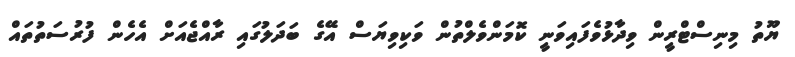
ޔޫތު މިނިސްޓްރީން ވިދާޅުވެފައިވަނީ ކޮމަންވެލްތުން ވަކިވިޔަސް އޭގެ ބަދަލުގައި ރާއްޖެއަށް އެހެން ފުރުސަތުތައް